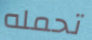
تحمله